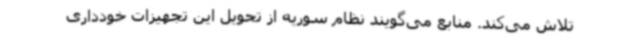
تلاش می‌کند. منابع می‌گویند نظام سوریه از تحویل این تجهیزات خودداری